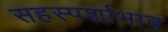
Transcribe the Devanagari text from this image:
सहस्पर्शाभाव